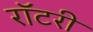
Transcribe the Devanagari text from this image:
रॉटरी